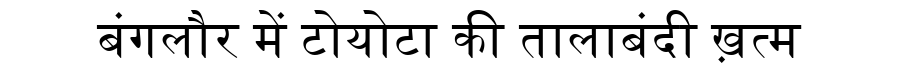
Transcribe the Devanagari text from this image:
बंगलौर में टोयोटा की तालाबंदी ख़त्म